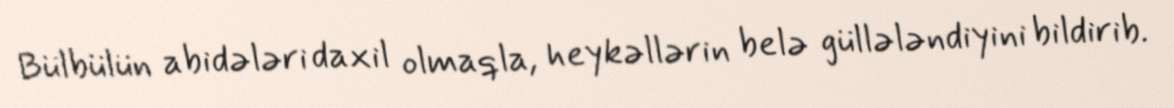
Bülbülün abidələri daxil olmaqla, heykəllərin belə güllələndiyini bildirib.